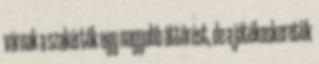
várnak a szakértők egy nagyobb áttörést, de a játékoskeretük